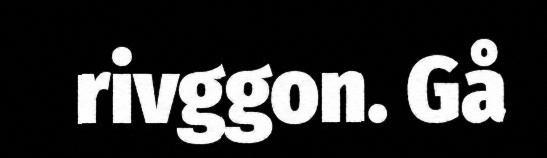
rivggon. Gå